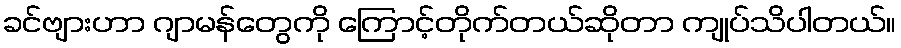
ခင်ဗျားဟာ ဂျာမန်တွေကို ကြောင့်တိုက်တယ်ဆိုတာ ကျုပ်သိပါတယ်။